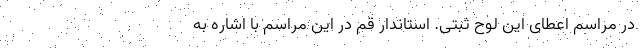
در مراسم اعطای این لوح ثبتی. استاندار قم در این مراسم با اشاره به